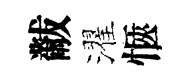
黻濯愜